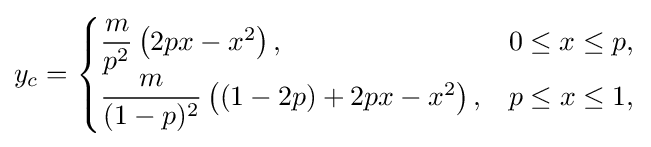
y_{c}={\begin{cases}{\dfrac {m}{p^{2}}}\left(2px-x^{2}\right),&0\leq x\leq p,\\{\dfrac {m}{(1-p)^{2}}}\left((1-2p)+2px-x^{2}\right),&p\leq x\leq 1,\end{cases}}